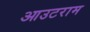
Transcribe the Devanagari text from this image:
आउटराम